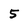
Character: 5